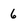
Character: 6